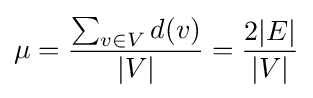
\mu ={\frac {\sum _{v\in V}d(v)}{|V|}}={\frac {2|E|}{|V|}}